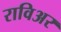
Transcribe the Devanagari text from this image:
राविअर